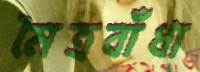
মৈত্রবাঁধা